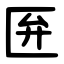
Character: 匥